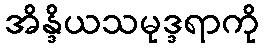
အိန္ဒိယသမုဒ္ဒရာကို